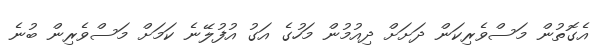
އެގޮތުން މަސްވެރިކަން ދަށަށް ދިއުމުން މަހުގެ އަގު އުފުލޭނެ ކަމަށް މަސްވެރިން ބުނެ